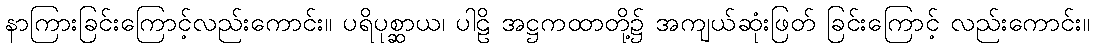
နာကြားခြင်းကြောင့်လည်းကောင်း။ ပရိပုစ္ဆာယ၊ ပါဠိ အဋ္ဌကထာတို့၌ အကျယ်ဆုံးဖြတ် ခြင်းကြောင့် လည်းကောင်း။